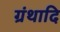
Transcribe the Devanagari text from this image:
ग्रंथादि